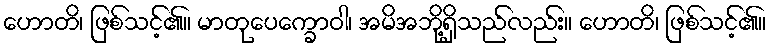
ဟောတိ၊ ဖြစ်သင့်၏။ မာတုပေက္ခောဝါ၊ အမိအဘို့ရှိသည်လည်း။ ဟောတိ၊ ဖြစ်သင့်၏။